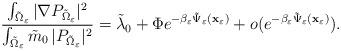
LaTeX: \begin{align*}\frac{\int_{\tilde{\Omega}_{\varepsilon}} | \nabla P_{\tilde{\Omega}_{\varepsilon}}|^2}{\int_{\tilde{\Omega}_{\varepsilon}} \tilde{m}_0 \, | P_{\tilde{\Omega}_{\varepsilon}}|^2 } = \tilde{\lambda}_0 + \Phi e^{-\beta_{\varepsilon} \tilde{\Psi}_{\varepsilon}(\mathbf{x}_{\varepsilon})} + o(e^{-\beta_{\varepsilon} \tilde{\Psi}_{\varepsilon}(\mathbf{x}_{\varepsilon})}).\end{align*}